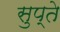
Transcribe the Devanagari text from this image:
सुप्ते